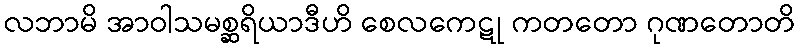
လဘာမိ အာဝါသမစ္ဆရိယာဒီဟိ စေလကေဋု ကတတော ဂုဏတောတိ